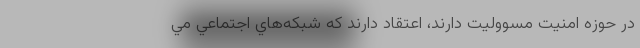
در حوزه امنيت مسووليت دارند، اعتقاد دارند كه شبكه‌هاي اجتماعي مي‌